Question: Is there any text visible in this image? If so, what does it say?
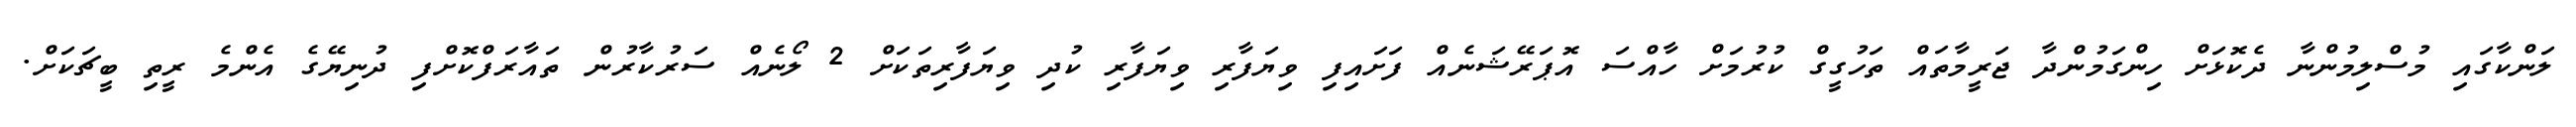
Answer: ލަންކާގައި މުސްލިމުންނާ ދެކޮޅަށް ހިންގަމުންދާ ޖަރީމާތައް ތަހުގީގް ކުރުމަށް ހާއްސަ އޮޕަރޭޝަނެއް ފަށައިފި ވިޔަފާރި ވިޔަފާރި ކުދި ވިޔަފާރިތަކަށް 2 ލޯނެއް ސަރުކާރުން ތައާރަފްކޮށްފި ދުނިޔޭގެ އެންމެ ރީތި ބީޗަކަށް.